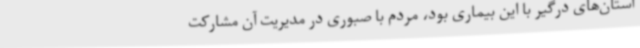
استان‌های درگیر با این بیماری بود، مردم با صبوری در مدیریت آن مشارکت